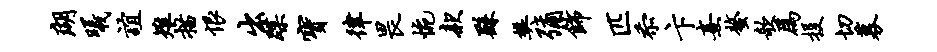
瑚曦谊雉描恨出蹀宝律畏惋款繇樊弥饰匹忝卞熹螯欹为投切募